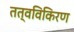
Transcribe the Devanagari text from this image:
तत्वविकिरण